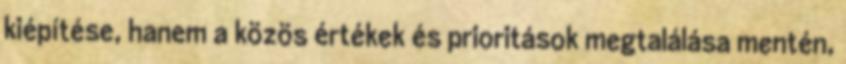
kiépítése, hanem a közös értékek és prioritások megtalálása mentén,